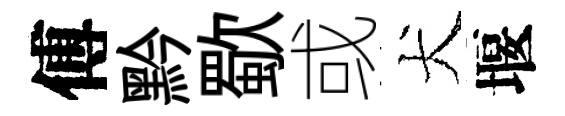
傅黔歜或犬堰